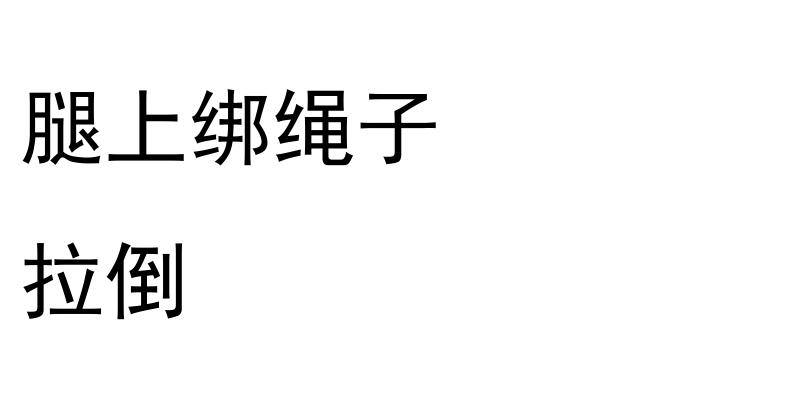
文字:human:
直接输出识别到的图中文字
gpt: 腿上绑绳子 拉倒